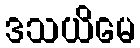
ဒသယိမေ